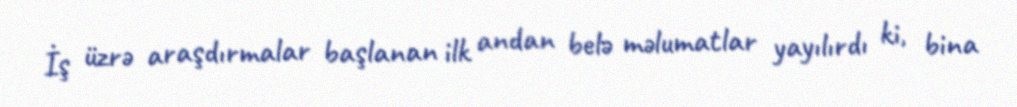
İş üzrə araşdırmalar başlanan ilk andan belə məlumatlar yayılırdı ki, bina